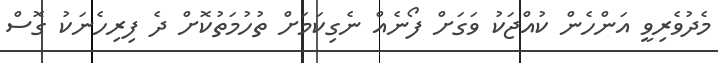
މެދުވެރިވީ އަންހެން ކުއްޖަކު ވަގަށް ފޯނެއް ނެގިކަމަށް ތުހުމަތުކޮށް ދެ ފިރިހެނަކު ގޮސް